Problem: 25 + 1 = ?
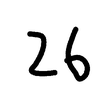
Handwritten answer: 26